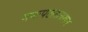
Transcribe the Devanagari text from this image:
मनःपटलावरून